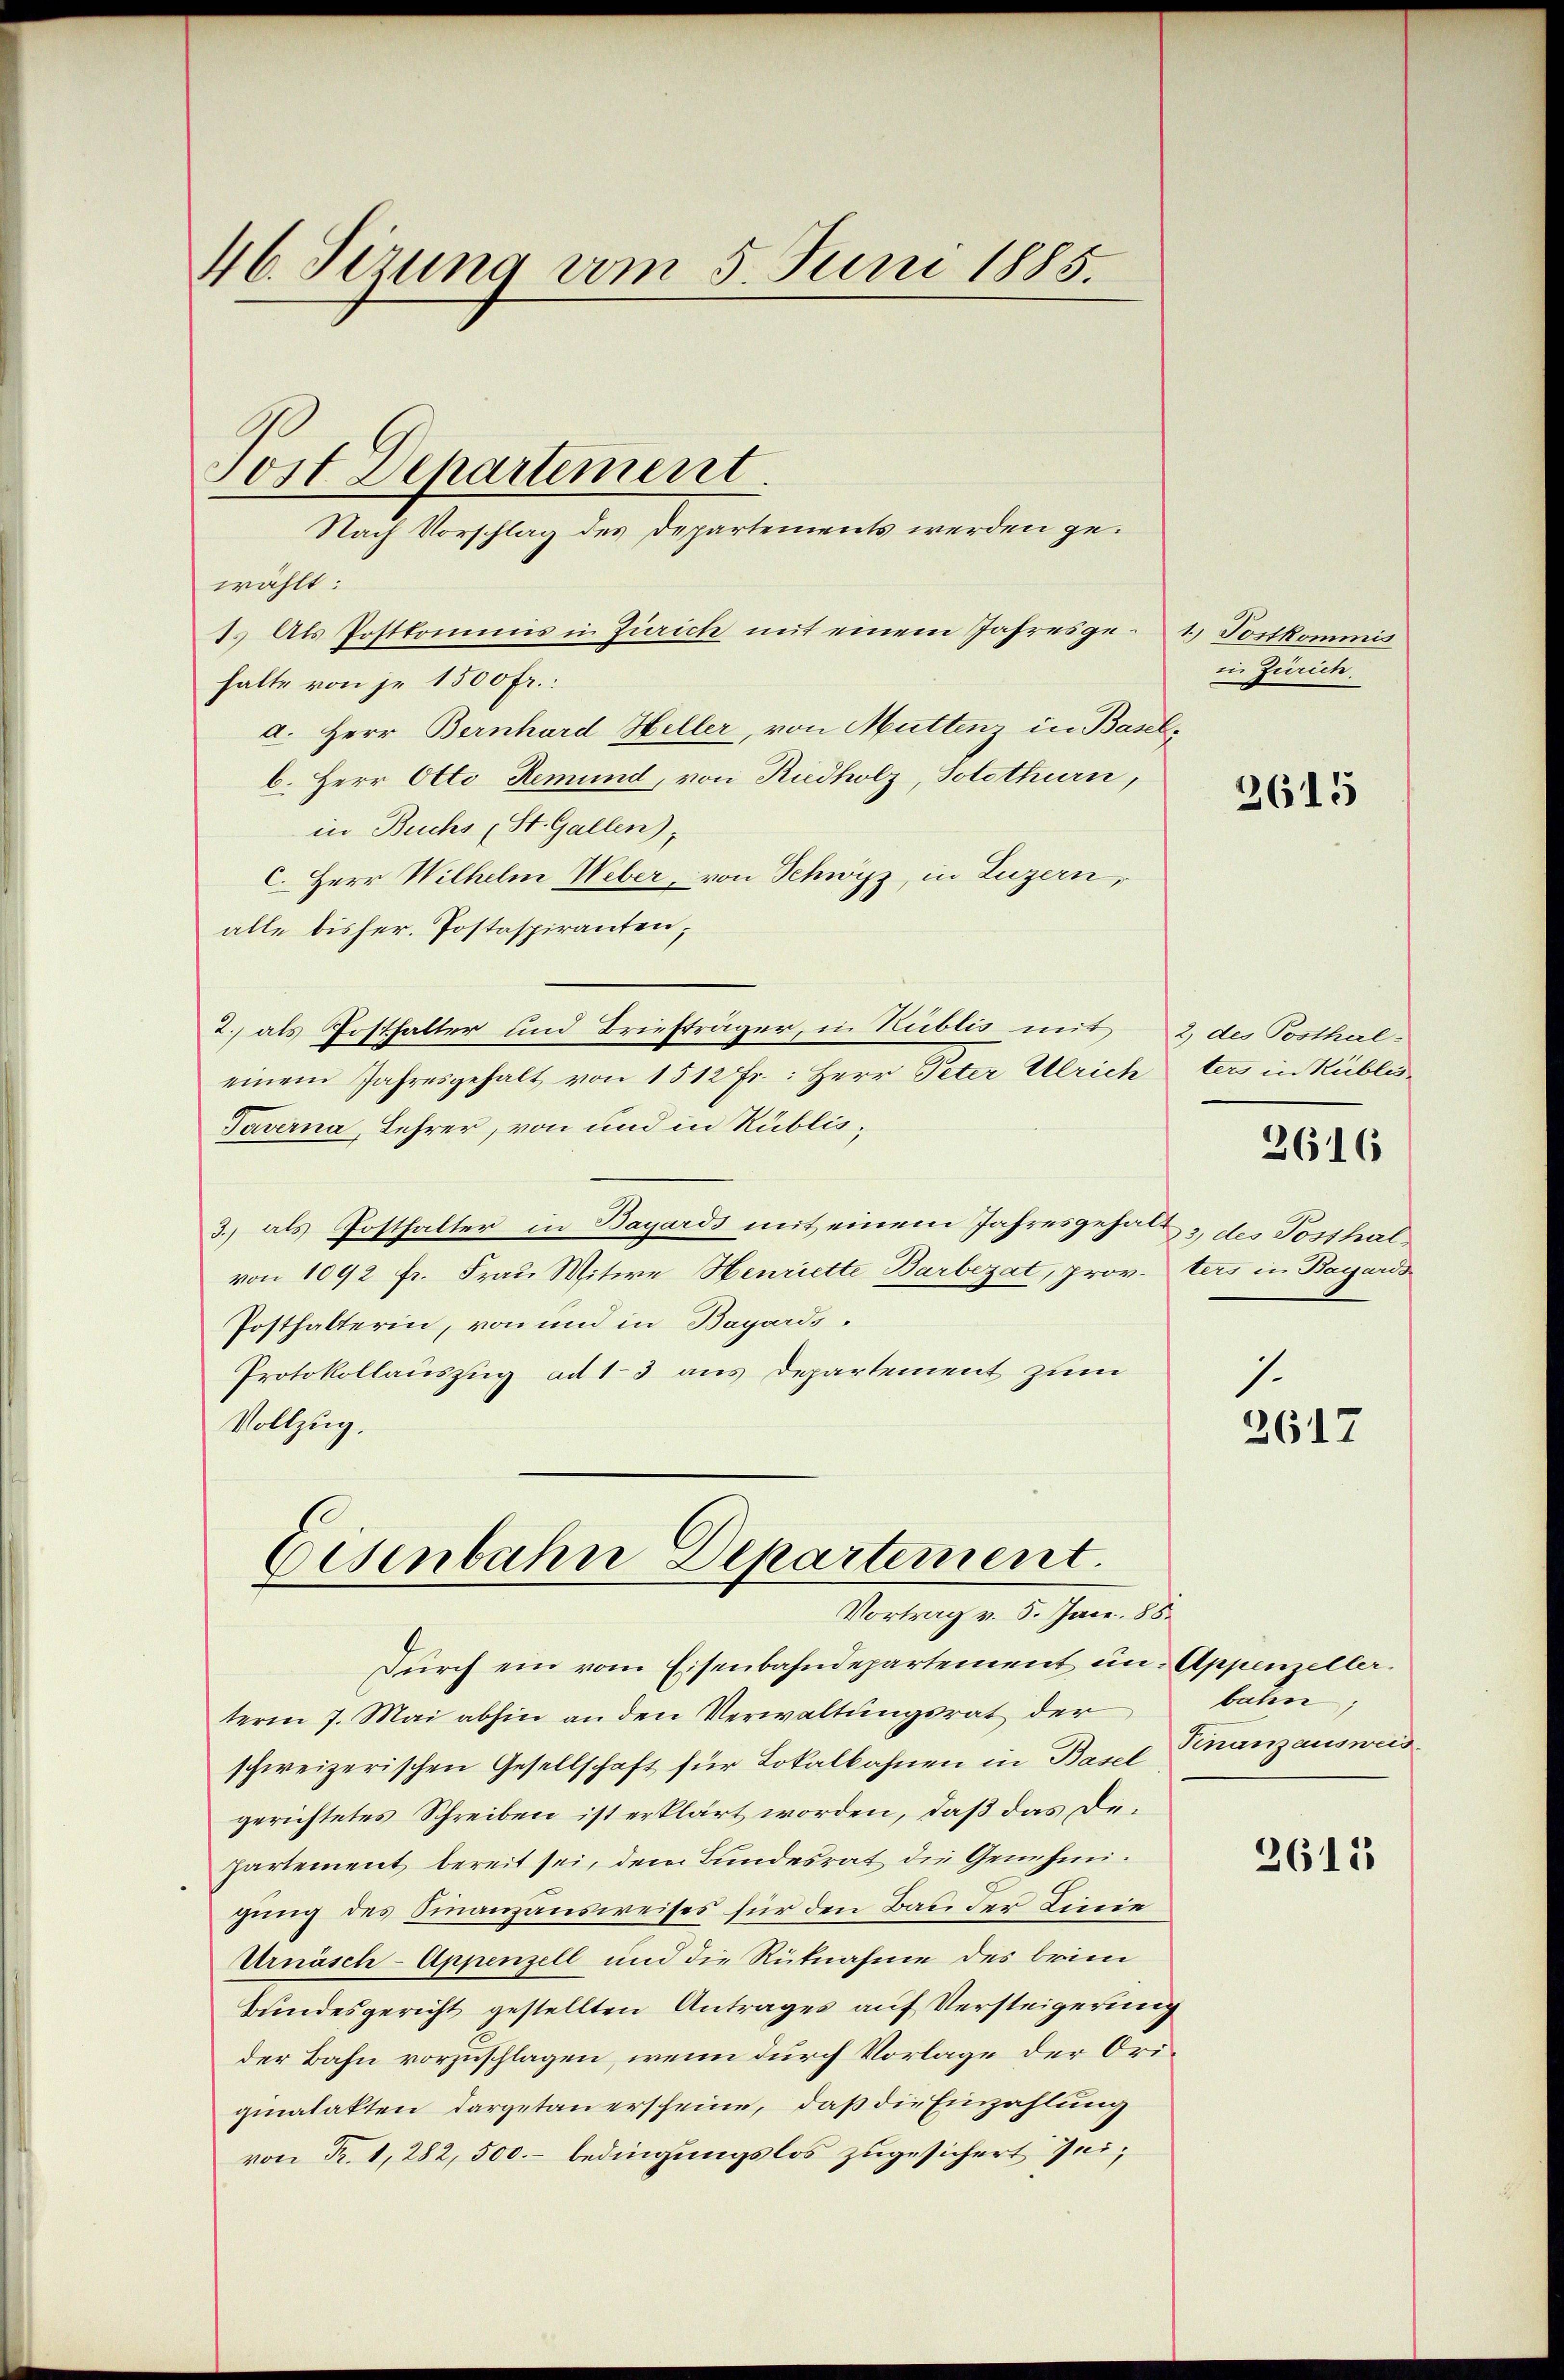
46. Sizung vom 5. Juni 1885.

wählt:
1. Als Postkommis in Zürich mit einem Jahresgehalte von je 1500 fr.:
a. Herr Bernhard Heller, von Muttenz in Baselb. Herr Otto Remund, von Riedholz, Solothurn,
in Buchs (St. Gallen),
C. Herr Wilhelm Weber, von Schwyz, in Luzern,
alle bisher. Postaspiranten,
2. als Posthalter und Briefträger, i. Kublis mit 2 des Posthal-
einem Jahresgehalt von 1512 fr.: Herr Peter Ulrichters in Küblis¬
Taverna, Lehrer, von und in Rublis¬
3.) als Posthalter in Bayards mit einem Jahresgehalt & des Posthalvon 1092 fr. Frau Witwe Henriette Barbezat, prov. ters in Bayards
Posthalterin, von und in Bayards¬
Protokollauszug ad 13 aus Departement zum
Vollzug.

Tost Departement.
Nach Vorschlag des Departements werden ge¬

Eisenbahn Departement.
Vortrag v. 5. Jan. 188

Durch ein vom Eisenbahndepartement in Appenzeller.
term 7. Mai abhin an den Verwaltungsrat der
schweizerischen Gesellschaft für Lokalbahnen in Basel
gerichtetes Schreiben ist erklärt worden, daß das Departement bereit sei, dem Bundesrat die Genehmigung des Finanzausweises für den Bau der Linie
Urnäsch-Appenzell und die Rütnahme des brin
Bundesgericht gestellten Antrages auf Versteigerung
der Bahn vorzuschlagen, wenn durch Vorlage der Originalakten dargetan erscheine, daß die Einzahlung
von Fr. 1, 282, 500.- bedingungslos zugesichert sei¬

1. Tortkommis
in Zürich

2615

3616

1

2617

bahn,
Finanzausweis

2611